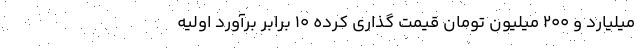
میلیارد و ۲۰۰ میلیون تومان قیمت گذاری کرده ۱۰ برابر برآورد اولیه